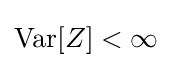
\operatorname {Var} [Z]<\infty